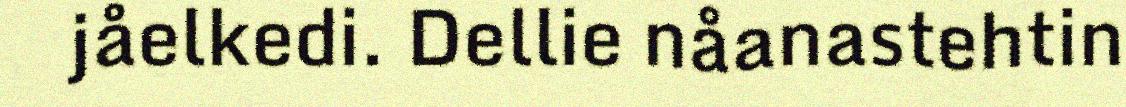
jåelkedi. Dellie nåanastehtin